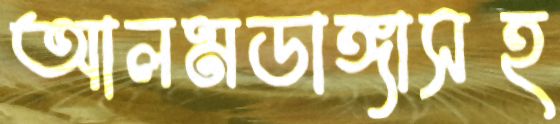
আলমডাঙ্গাসহ